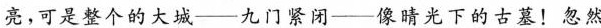
亮，可是整个的大城—九门紧闭—像晴光下的古墓！忽然